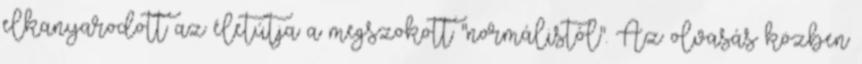
elkanyarodott az életútja a megszokott "normálistól". Az olvasás közben